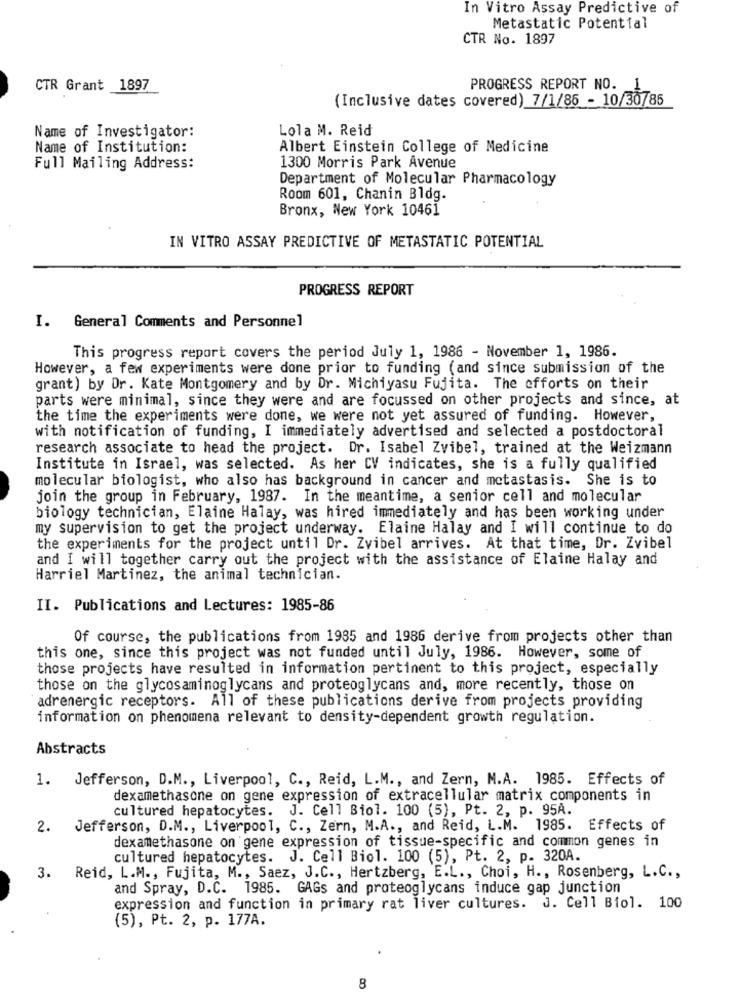
In Vitro Assay Predictive of
Metastatic Potential
CTR No. 1897
CTR Grant 1897
PROGRESS REPORT NO.
(Inclusive dates covered) 7/1/86 - 10/30785
Name of Investigator:
Lola M. Reid
Name of Institution:
Albert Einstein College of Medicine
Full Mailing Address:
1300 Morris Park Avenue
Department of Molecular Pharmacology
Room 601, Chanin Bldg.
Bronx, New York 10461
IN VITRO ASSAY PREDICTIVE OF METASTATIC POTENTIAL
PROGRESS REPORT
I. General Comments and Personnel
This progress report covers the period July 1, 1986 - November 1, 1986.
However, a few experiments were done prior to funding (and since submission of the
grant) by Dr. Kate Montgomery and by Dr. Michiyasu Fujita. The efforts on their
parts were minimal, since they were and are focussed on other projects and since, at
the time the experiments were done, we were not yet assured of funding. However,
with notification of funding, I immediately advertised and selected a postdoctoral
research associate to head the project. Dr. Isabel Zvibel, trained at the Weizmann
Institute in Israel, was selected. As her CV indicates, she is a fully qualified
molecular biologist, who also has background in cancer and metastasis. She is to
join the group in February, 1987. In the meantime, a senior cell and molecular
biology technician, Elaine Halay, was hired immediately and has been working under
my supervision to get the project underway. Elaine Halay and I will continue to do
the experiments for the project until Dr. Zvibel arrives. At that time, Dr. Zvibel
and I will together carry out the project with the assistance of Elaine Halay and
Harriel Martinez, the animal technician.
II. Publications and Lectures: 1985-86
Of course, the publications from 1985 and 1986 derive from projects other than
this one, since this project was not funded until July, 1986. However, some of
those projects have resulted in information pertinent to this project, especially
those on the glycosaminoglycans and proteoglycans and, more recently, those on
adrenergic receptors. All of these publications derive from projects providing
information on phenomena relevant to density-dependent growth regulation.
Abstracts
1. Jefferson, D.M ., Liverpool, C ., Reid, L.M ., and Zern, M.A. 1985. Effects of
dexamethasone on gene expression of extracellular matrix components in
cultured hepatocytes. J. Cell Biol. 100 (5), Pt. 2, p. 95A.
2. Jefferson, D.M ., Liverpool, C ., Zern, M.A ., and Reid, L.M. 1985. Effects of
dexamethasone on gene expression of tissue-specific and common genes in
cultured hepatocytes. J. Cell Biol. 100 (5), Pt. 2, p. 320A.
3. Reid, L.M ., Fujita, M ., Saez, J.C ., Hertzberg, E.L ., Choi, H ., Rosenberg, L.C .,
and Spray, D.C. 1985. GAGs and proteoglycans induce gap junction
expression and function in primary rat liver cultures. J. Cell Biol. 100
(5), Pt. 2, p. 177A.
8